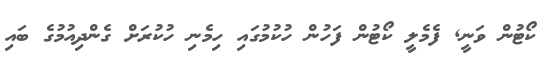
ކޯޓުން ވަނީ